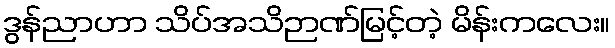
ဒွန်ညာဟာ သိပ်အသိဉာဏ်မြင့်တဲ့ မိန်းကလေး။